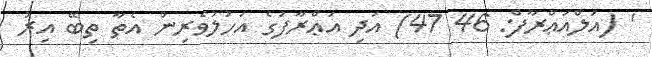
' (އަލްއަޢްރާފް: 46 47) އަދި އަޢްރާފުގެ އަހުލުވެރިން އެތާ ތިބޭ އިރު